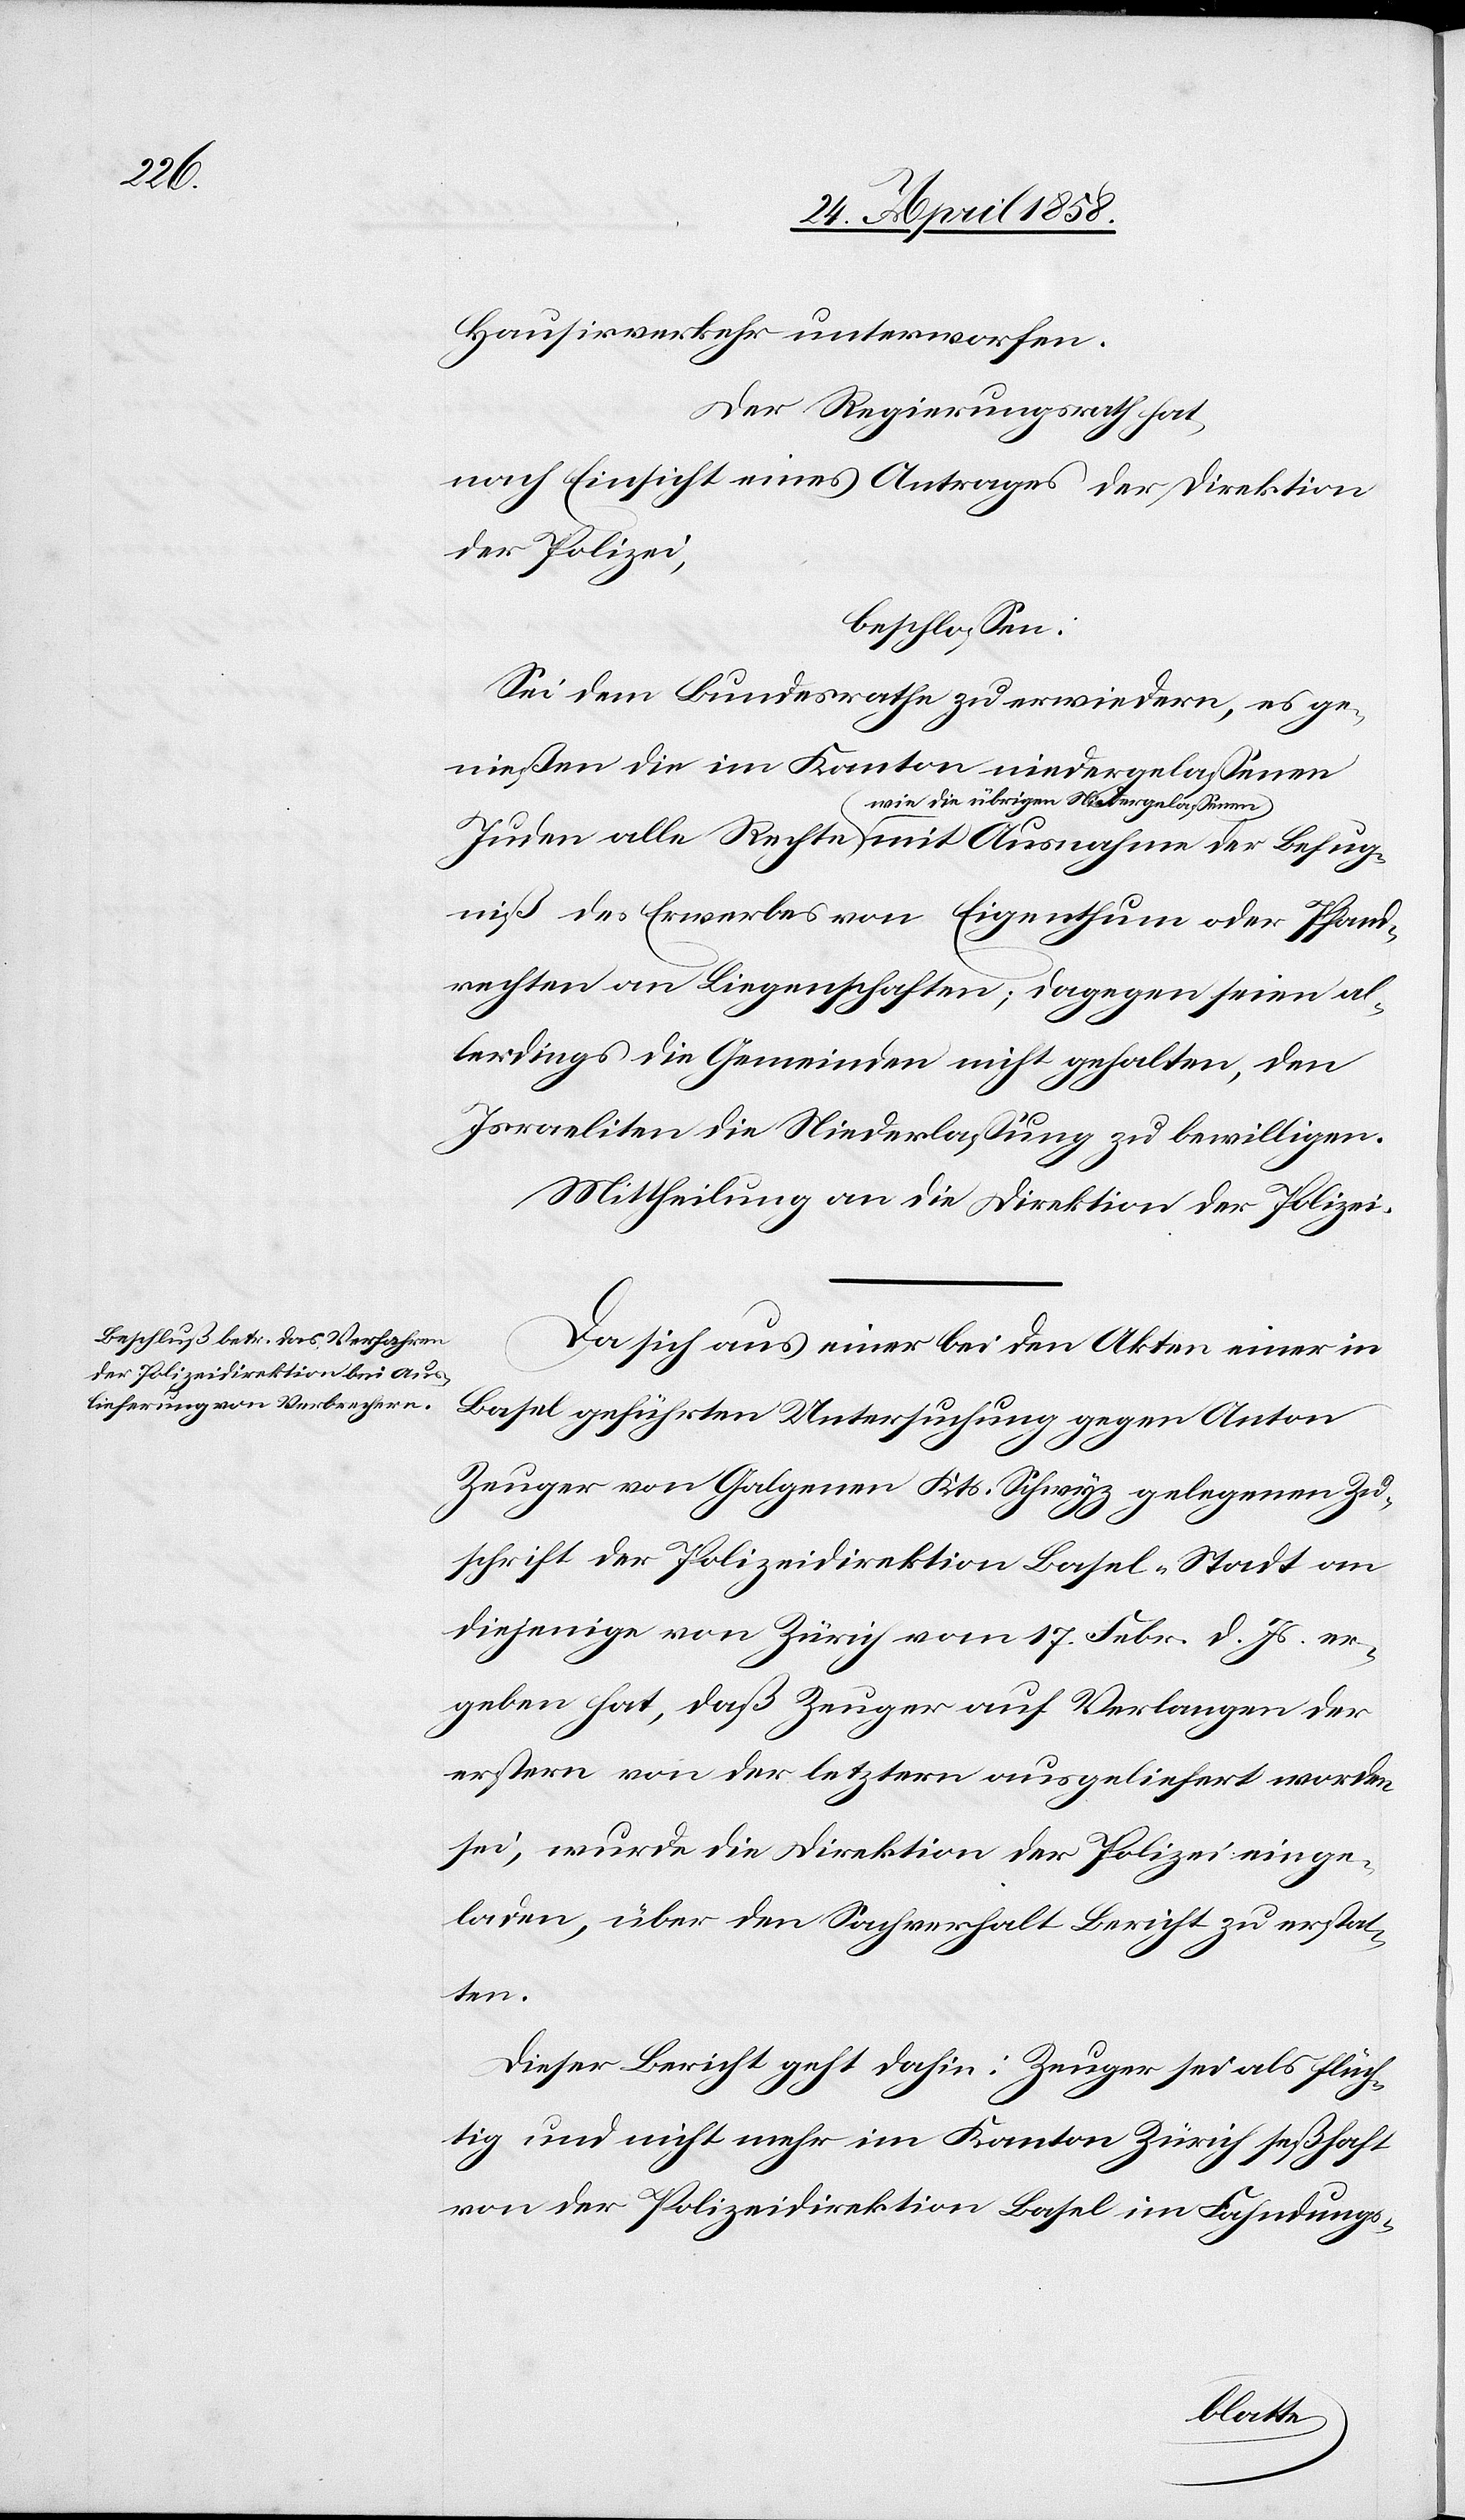
Hausirverkehr unterworfen.
Der Regierungsrath hat,
nach Einsicht eines Antrages der Direktion
der Polizei,
beschlossen:
Sei dem Bundesrathe zu erwiedern, es ge¬
nießen die im Kanton niedergelassenen
a-wie die übrigen Niedergelassenen-a
niß des Erwerbes von Eigenthum oder Pfand¬
rechten an Liegenschaften; dagegen seien al¬
lerdings die Gemeinden nicht gehalten, den
Israeliten die Niederlassung zu bewilligen.
Mittheilung an die Direktion der Polizei.
Da sich aus einer bei den Akten einer in
Basel geführten Untersuchung gegen Anton
Zeuger von Galgenen Kts. Schwyz gelegenen Zu¬
schrift der Polizeidirektion Basel-Stadt an
diejenige von Zürich vom 17. Gebr. d. Js. er¬
geben hat, daß Zeuger auf Verlangen der
erstern von der letztern ausgeliefert worden
sei, wurde die Direktion der Polizei einge¬
laden, über den Sachverhalt Bericht zu erstat¬
ten.
Dieser Bericht geht dahin: Zeuger sei als flüch¬
tig und nicht mehr im Kanton Zürich seßhaft
von der Polizeidirektion Basel im Fahndungs-
Rechte